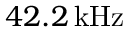
4 2 . 2 \, \mathrm { k H z }